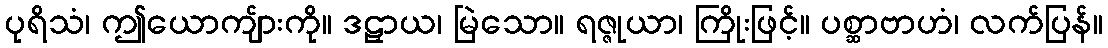
ပုရိသံ၊ ဤယောကျ်ားကို။ ဒဠှာယ၊ မြဲသော။ ရဇ္ဇုယာ၊ ကြိုးဖြင့်။ ပစ္ဆာဗာဟံ၊ လက်ပြန်။